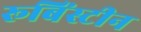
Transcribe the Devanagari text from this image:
रूबिंस्टीन